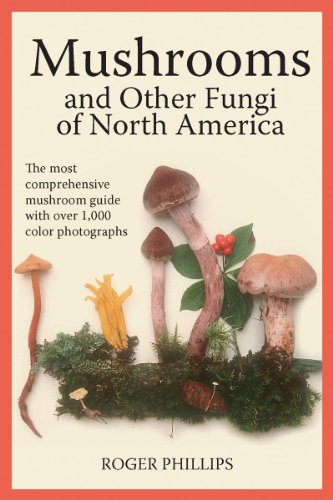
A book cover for Mushrooms and Other Fungi of North America; Roger Phillips; Science & Math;